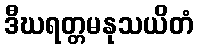
ဒီဃရတ္တမနုသယိတံ